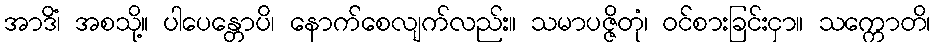
အာဒိံ၊ အစသို့။ ပါပေန္တောပိ၊ နောက်စေလျက်လည်း။ သမာပဇ္ဇိတုံ၊ ဝင်စားခြင်းငှာ။ သက္ကောတိ၊